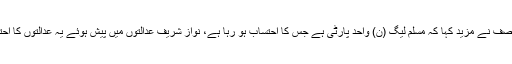
خواجہ آصف نے مزید کہا کہ مسلم لیگ (ن) واحد پارٹی ہے جس کا احتساب ہو رہا ہے، نواز شریف عدالتوں میں پیش ہوئے یہ عدالتوں کا احترام ہے۔